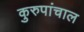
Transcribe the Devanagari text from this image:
कुरुपांचाल